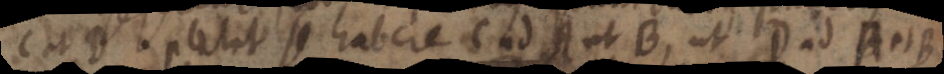
C et B. patet se habere C ad A ut B, ut D ad A et B